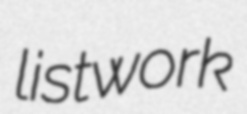
listwork